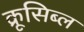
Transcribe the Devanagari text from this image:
क्रूसिब्ल